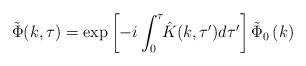
LaTeX: \begin{align*}\tilde{\Phi}(k, \tau) = \exp\left[ -i\int_{0}^{\tau}\!\! \hat{K}(k, \tau') d\tau' \right] \tilde{\Phi}_{0}\left(k\right)\end{align*}